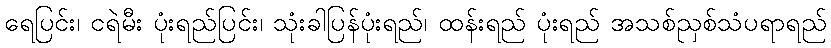
ရေပြင်း၊ ငရဲမီး ပုံးရည်ပြင်း၊ သုံးခါပြန်ပုံးရည်၊ ထန်းရည် ပုံးရည် အသစ်ညှစ်သံပရာရည်